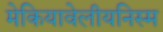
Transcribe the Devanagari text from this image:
मेकियावेलीयनिस्म